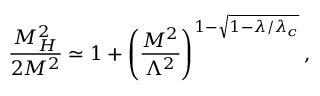
\frac { M _ { H } ^ { 2 } } { 2 M ^ { 2 } } \simeq 1 + \left( \frac { M ^ { 2 } } { \Lambda ^ { 2 } } \right) ^ { 1 - \sqrt { 1 - \lambda / \lambda _ { c } } } ,